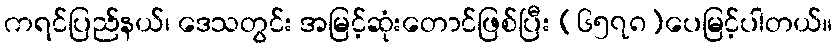
ကရင်ပြည်နယ်၊ ဒေသတွင်း အမြင့်ဆုံးတောင်ဖြစ်ပြီး (၆၅၇၈)ပေမြင့်ပါတယ်။